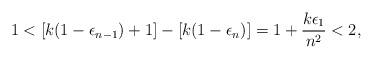
LaTeX: \begin{align*}1<[k(1-\epsilon_{n-1})+1]-[k(1-\epsilon_n) ]=1+\frac{k \epsilon_1}{n^2}<2,\end{align*}